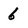
Character: 6